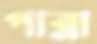
পান্না